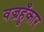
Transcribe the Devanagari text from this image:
वज्रहुँकार